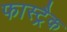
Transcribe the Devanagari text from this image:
फास्ट्रैक